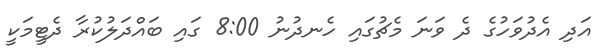
އަދި އެދުވަހުގެ ދެ ވަނަ މެޗުގައި ހެނދުނު 8:00 ގައި ބައްދަލުކުރާ ދެޓީމަކީ